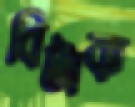
বিটাক